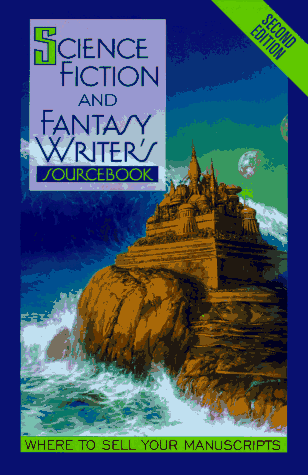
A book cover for Science Fiction and Fantasy Writer's Sourcebook: Where to Sell Your Manuscripts; Science Fiction & Fantasy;